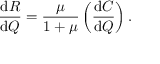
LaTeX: { \frac { { \mathrm { d } } R } { { \mathrm { d } } Q } } = { \frac { \mu } { 1 + \mu } } \left( { \frac { { \mathrm { d } } C } { { \mathrm { d } } Q } } \right) .